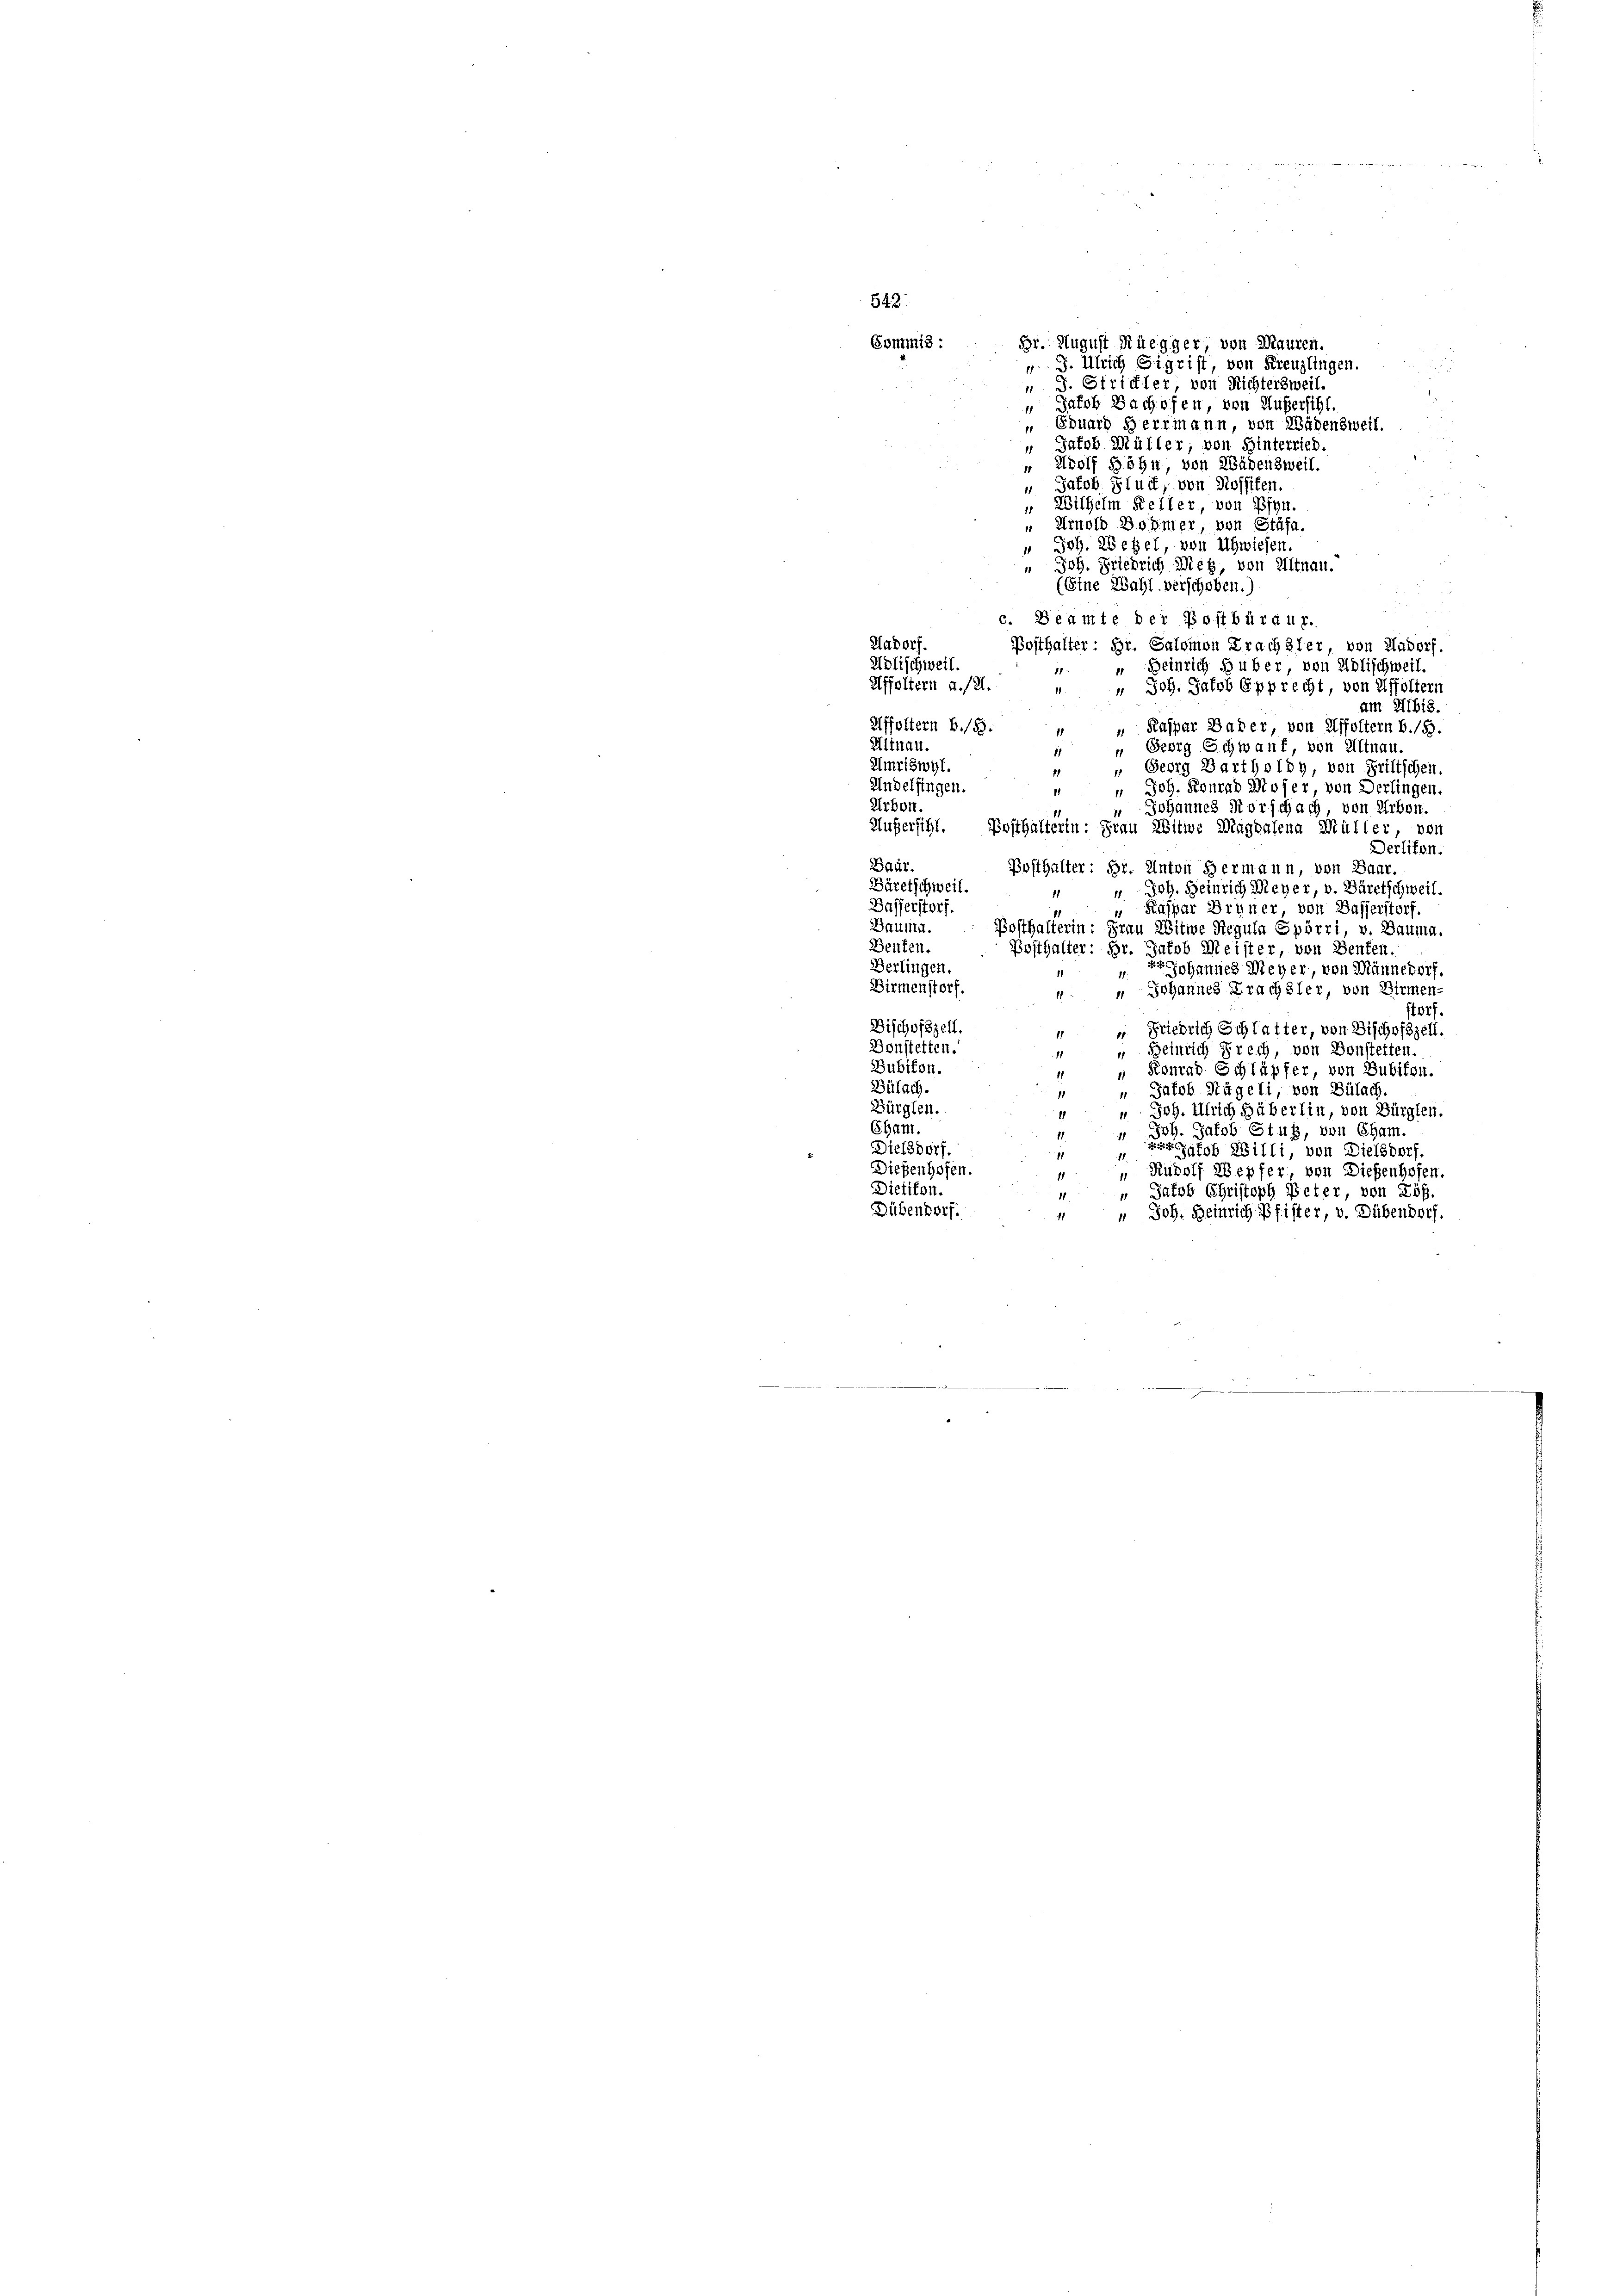
542
Bi. August Rüegger, von Mauren.
Commis :
" J. Ulrich Sigrist, von Kreuzlingen.
 J. Strichter, von Richtersweil.
 Jakob Bachofen, von Außersihl.
 Eduard Herrmann, von Wädensweil.
 Jakob Müller, von Hinterrich
" Adolf Böhn, von Wädensweil.
u Jakob Stuit, von Rossifen.
 Wilhelm Keller, von Pfyn.
" Arnold Bodmer, von Stäfa.
“ Joh. Wegel, von Uhwiesen.
Joh. Friedrich Meß, von Altnau.
11
(Eine Wahl verschoben.)
c. Beamte der Postbüraut.
Hadorf.
Posthalter: Hr. Salomon Krachsler, von Aadorf,
Adlischweil.
“ Heinrich ds über, von Adlischweil.
81
Affoltern a./21.
 Joh. Jakob Epprecht, von Affolter
am I1618.
Affoltern B./5:
" Kaspar Bader, von Affoltern b.18.
1
Mitnau.
 Georg Schwanf, von Altnau.
Umriswyl.
 Georg Bartholdy, von Fritschen.
Andelfingen.
 Joh. Konrad Moser, von Berlingen,
11
Arbon
Johannes Korschach, von Erben.
Äußersicht. Posthalterin: Frau Witwe Magdalena Müller, von
Derlikon.
Baar
Posthalter: Hr. Anton Hermann, von Baar.
Bäretschweil.
 Joh. Heinrich Meyer, v. Bäretschweil.
Basserstorf.
" Kaspar Bryner von Basserstorf.
11
Bauma. Posthalterin: Frau Witwe Regula Spörri, v. Bauma.
Jakob Meister, von Benten.
Benten. Posthalter: Br.
Berlingen.
ohannes Meyer, von Männedorf.
Birmenstorf. " " Johannes Erachsler, von Birmen-
storf.
Dischofszell.
“ Friedrich Schlatter, von Bischofszell.
Donstetten.
 Beinrich Prech, von Bonstetten.
11
Bubikon.
 Konrad Schläpfer, von Bubikon.
11
Bülach.
“ Jakob Nägeli, von Bülach.
Bürglen.
" Joh. Ulrich Häberlin, von Bürglen.
Cham.
vh. Jakob Stutz, von Cham.
szafsb Willi, von Dielsdorf.
Dielsdorf.
7
11
Dießenhofen.
 Rudolf Wepfer von Dießenhofen.
11
Dietikon.
" Jacob Christoph Peter, von Lös.
Dübendorf.
" Joh. Heinrich Pfister, v. Dübendorf.